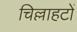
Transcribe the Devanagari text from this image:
चिल्लाहटों